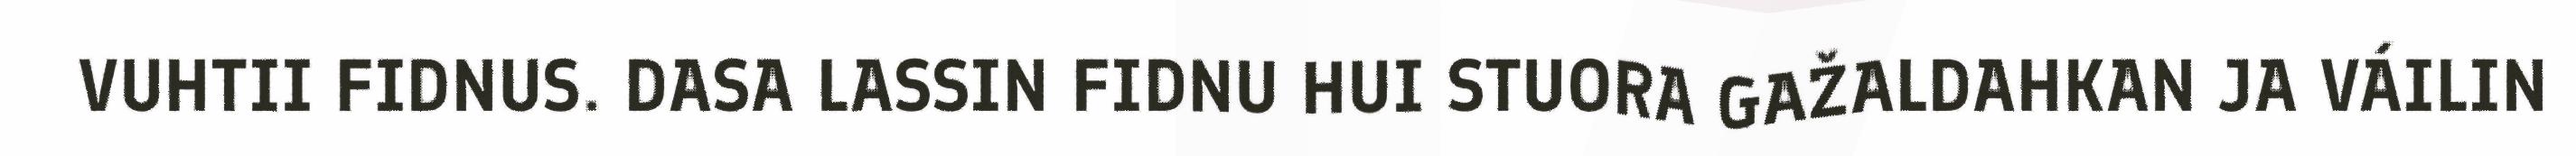
VUHTII FIDNUS. DASA LASSIN FIDNU HUI STUORA GAŽALDAHKAN JA VÁILIN